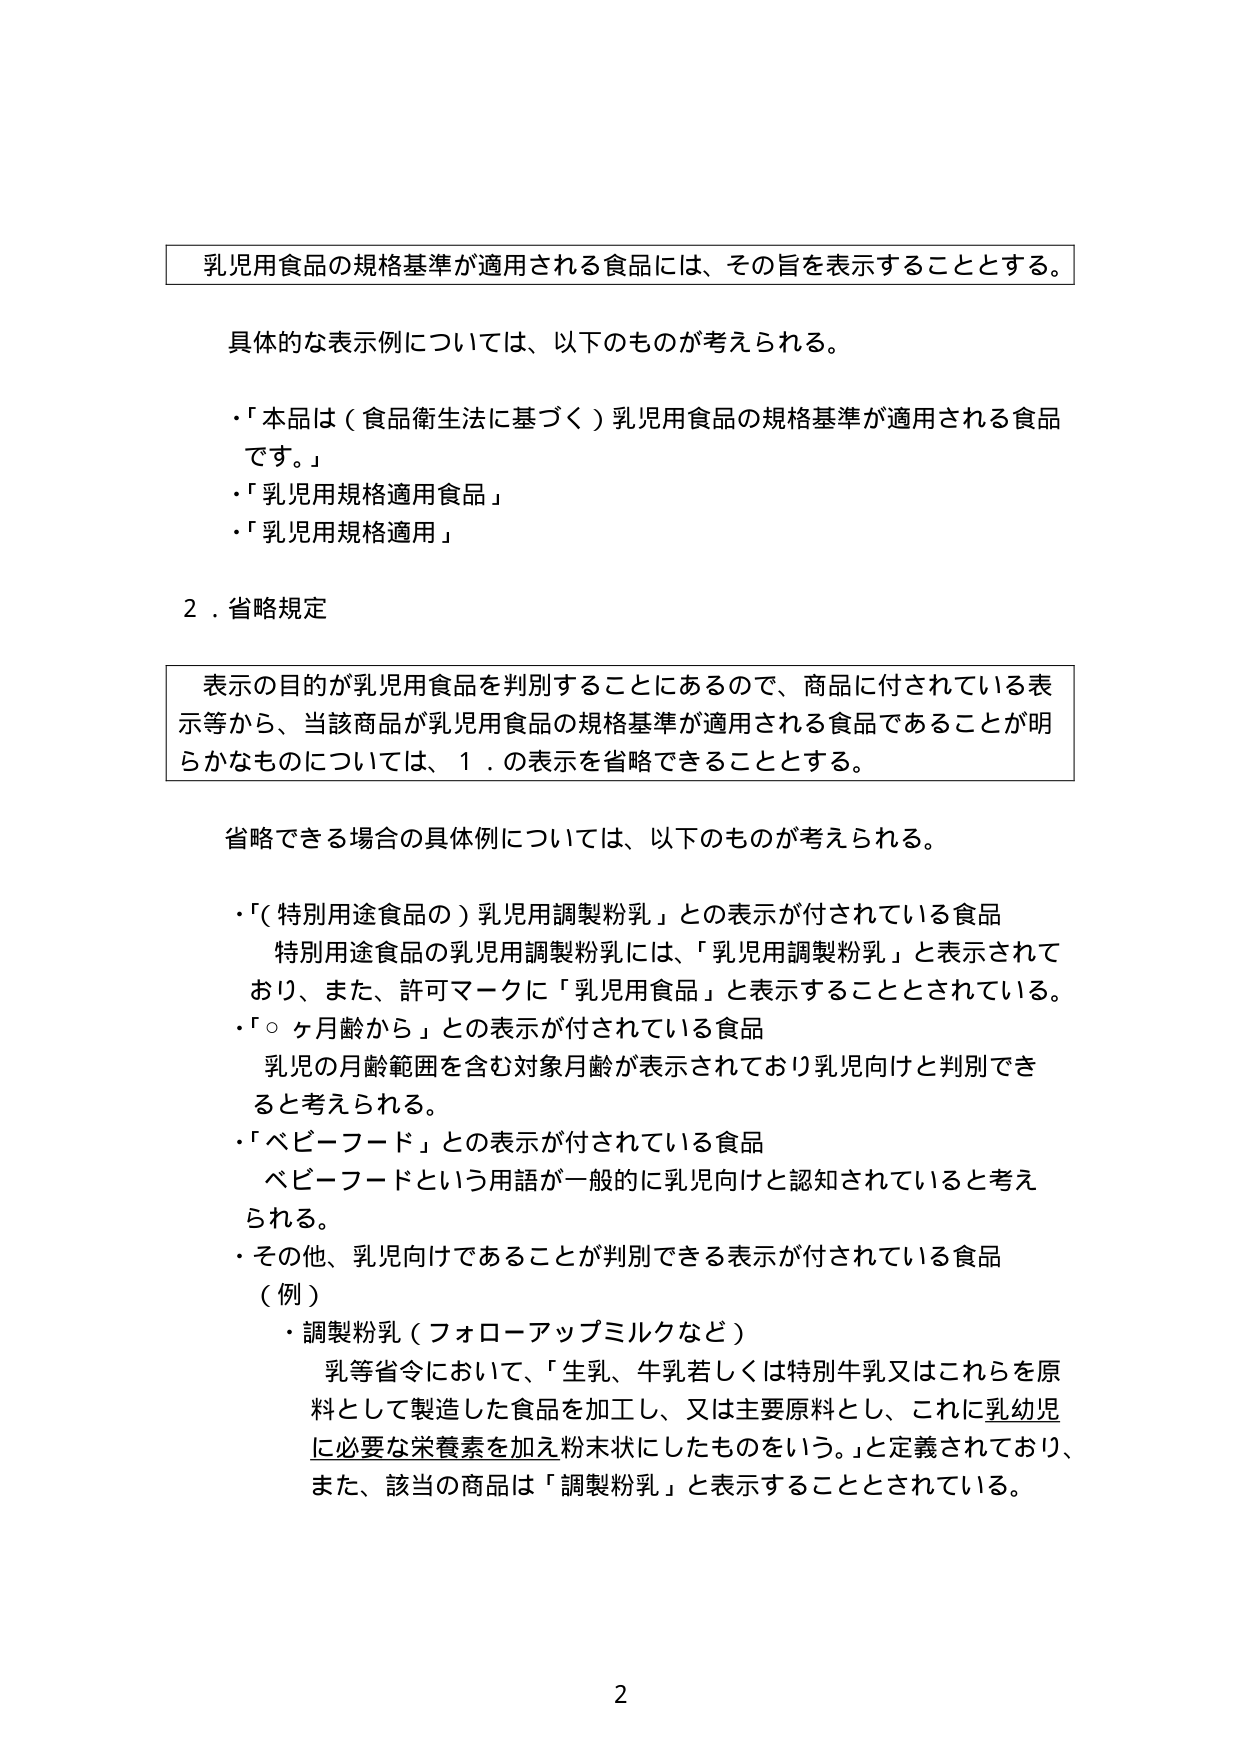
乳児用食品の規格基準が適用される食品には、その旨を表示することとする。

具体的な表示例については、以下のものが考えられる。
・「本品は（食品衛生法に基づく）乳児用食品の規格基準が適用される食品です。」
・「乳児用規格適用食品」
・「乳児用規格適用」

２．省略規定

表示の目的が乳児用食品を判別することにあるので、商品に付されている表示等から、当該商品が乳児用食品の規格基準が適用される食品であることが明らかなものについては、１．の表示を省略できることとする。

省略できる場合の具体例については、以下のものが考えられる。
・「（特別用途食品の）乳児用調製粉乳」との表示が付されている食品
　特別用途食品の乳児用調製粉乳には、「乳児用調製粉乳」と表示されており、また、許可マークに「乳児用食品」と表示することとされている。
・「○ヶ月齢から」との表示が付されている食品
　乳児の月齢範囲を含む対象月齢が表示されており乳児向けと判別できると考えられる。
・「ベビーフード」との表示が付されている食品
　ベビーフードという用語が一般的に乳児向けと認知されていると考えられる。
・その他、乳児向けであることが判別できる表示が付されている食品
　（例）
　・調製粉乳（フォローアップミルクなど）
　　乳等省令において、「生乳、牛乳若しくは特別牛乳又はこれらを原料として製造した食品を加工し、又は主要原料とし、これに乳幼児に必要な栄養素を加え粉末状にしたものをいう。」と定義されており、また、該当の商品は「調製粉乳」と表示することとされている。

2